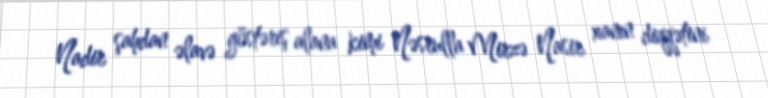
Nadir şahdan əlavə göstəriş alana kimi Nəsrulla Mirzə Nasir xanın diqqətini